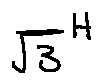
\sqrt { 3 } ^ { H }